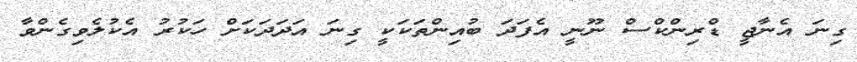
ގިނަ އެނާޖީ ޑްރިންކްސް ނޫނީ އެފަދަ ބުއިންތަކަކީ ގިނަ އަދަދަކަށް ހަކުރު އެކުލެވިގެންވާ